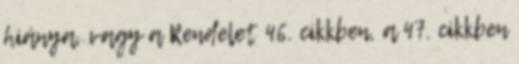
hiánya, vagy a Rendelet 46. cikkben, a 47. cikkben